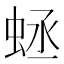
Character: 𧊴